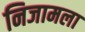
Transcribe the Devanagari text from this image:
निजामला